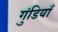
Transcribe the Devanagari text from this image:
गुंडियाँ